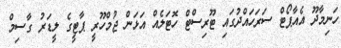
ހަނިމާދޫ އެއާޕޯޓް ސަރަހައްދުގައި ޓޫރިސްޓް ހޮޓަލެއް އަޅަން ޖުމްހޫރީ ޕާޓީގެ ލީޑަރު ގާސިމް